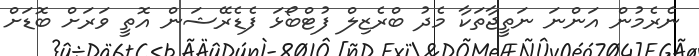
ނެރެމުން އަންނަ ނަތީޖާތަކާ މެދު ބްރެޒިލް ފުޓްބޯޅަ ފެޑެރޭޝަން އޮތީ ވަރަށް ބޮޑަށް